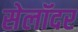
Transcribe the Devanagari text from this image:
सेलॉदर